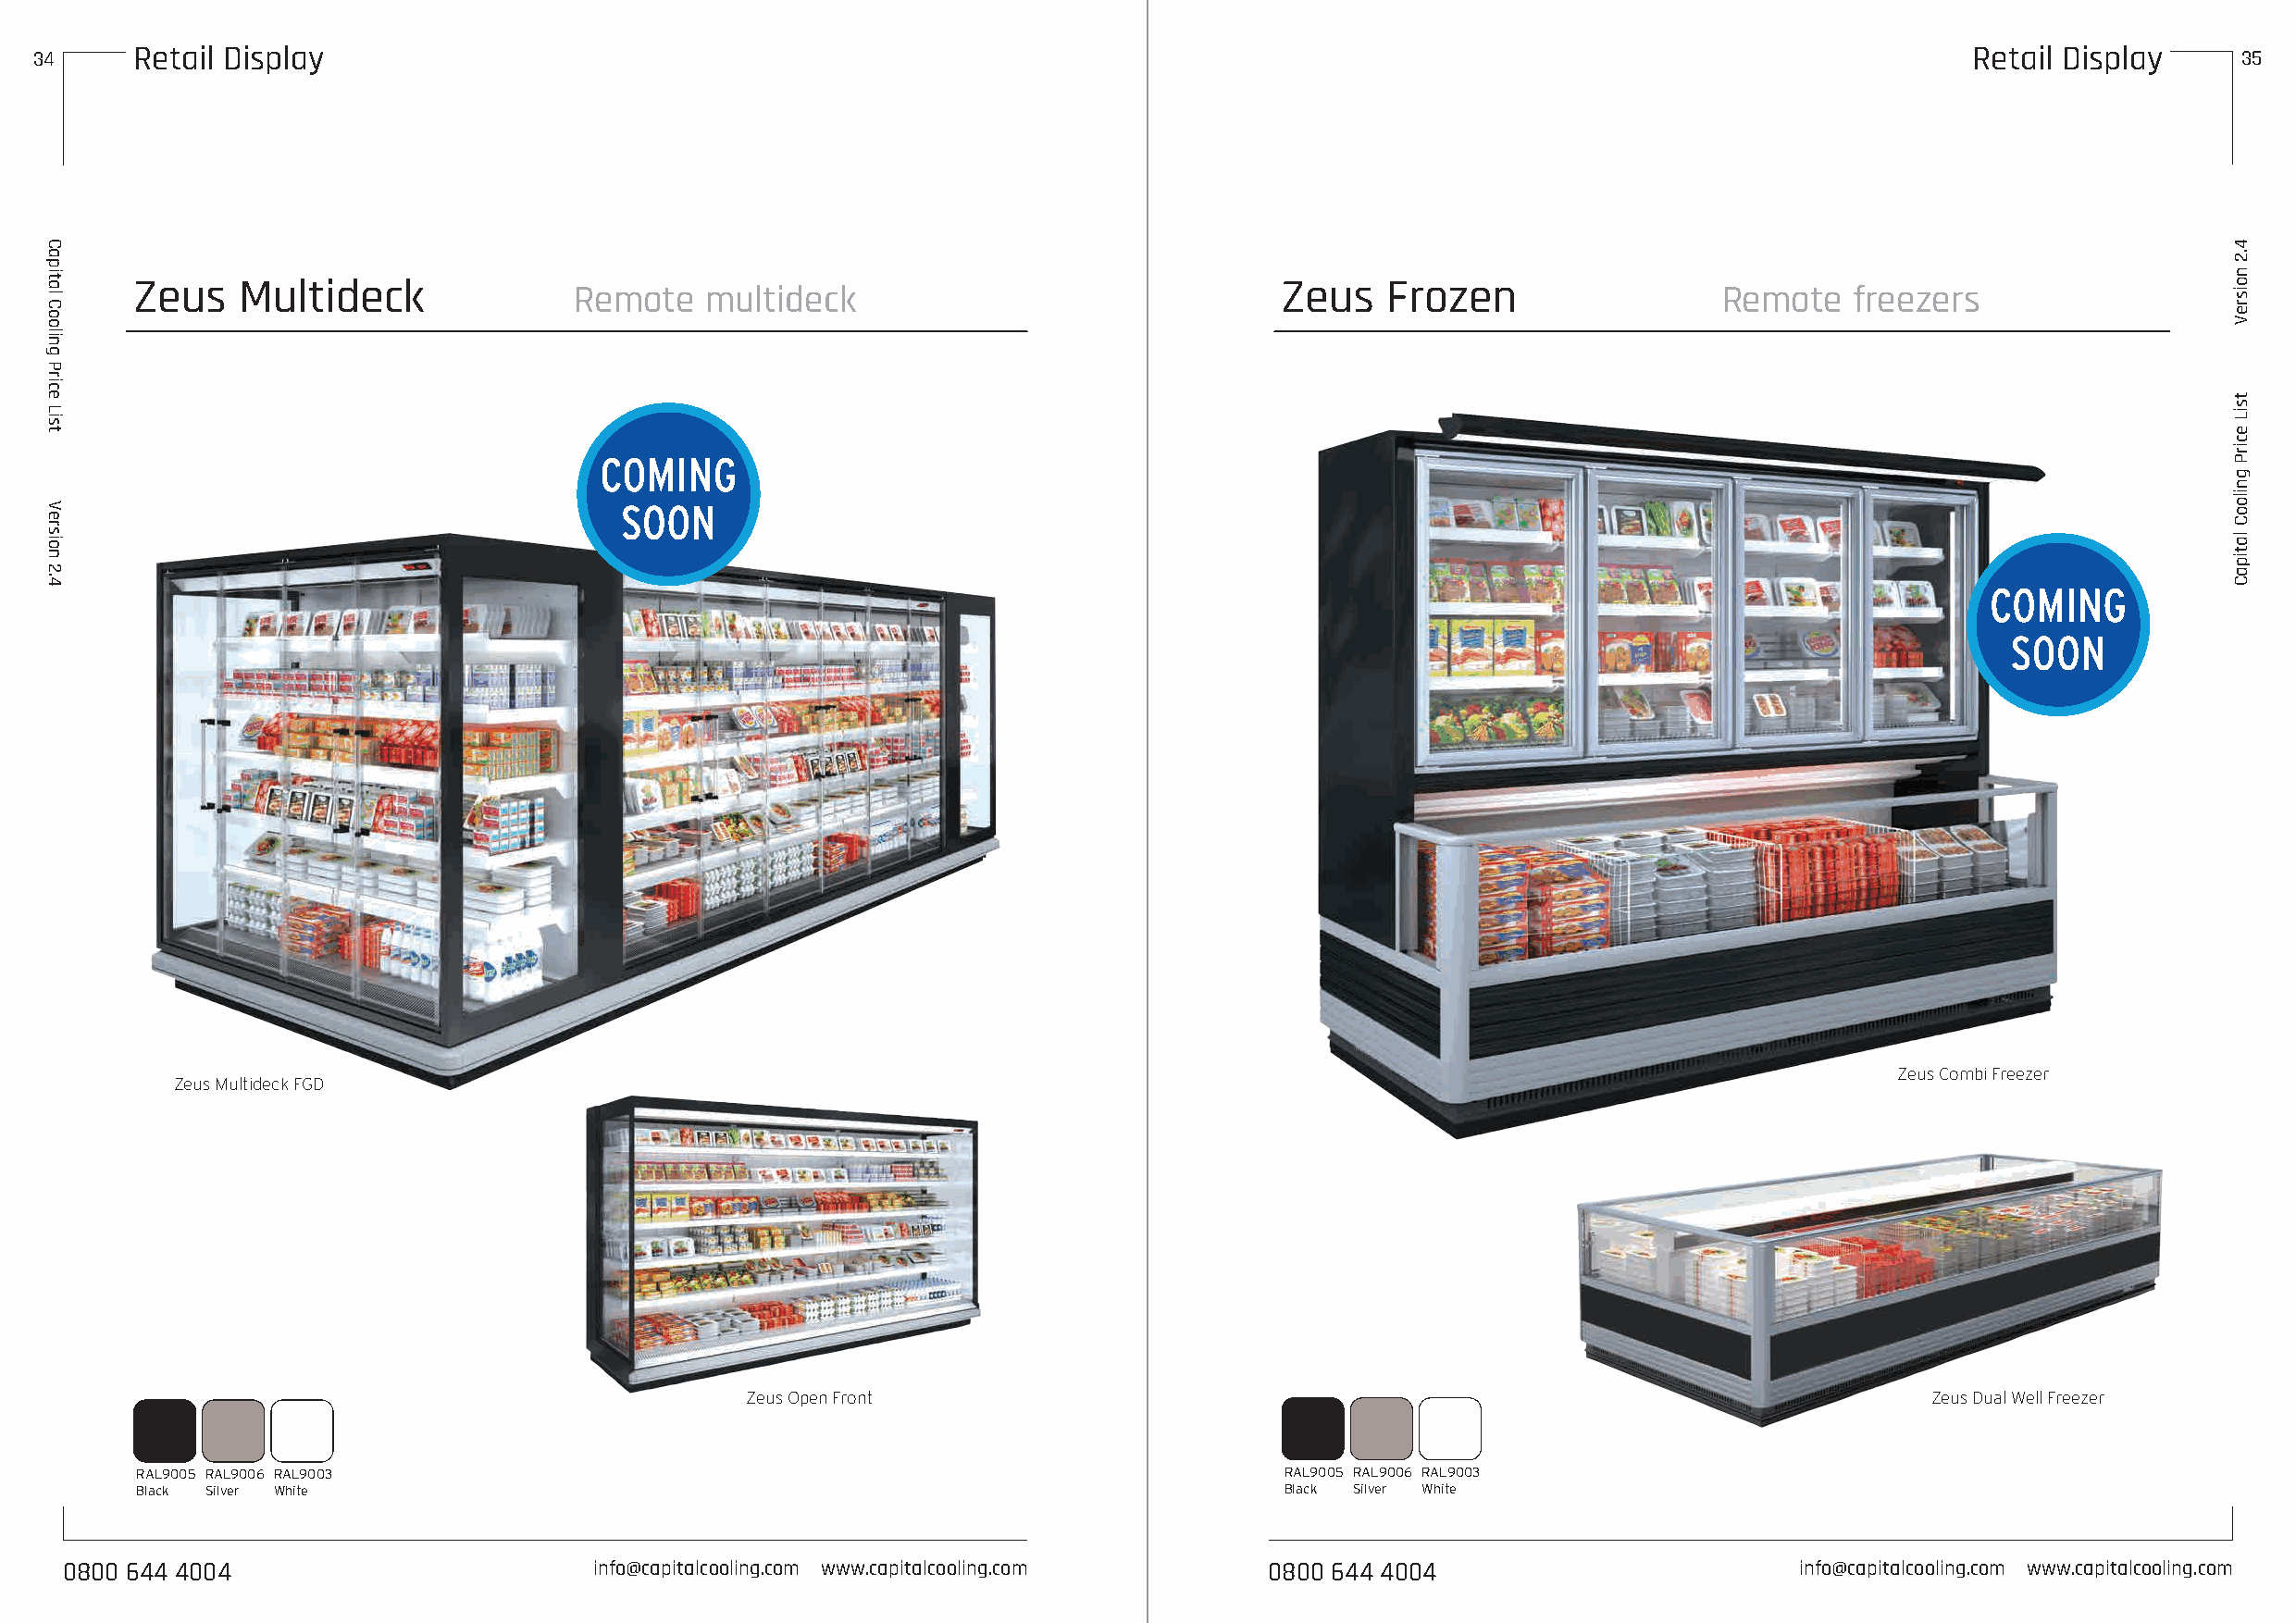
34      Retail Display                                                                                                                     Retail Display     35
 Zeus   Multideck                                                                  Zeus   Frozen
 Remote   multideck                                                                Remote    freezers
 Zeus Combi Freezer
 Zeus Multideck FGD
 Zeus Open Front                                                                      Zeus Dual Well Freezer
 RAL9005 RAL9006 RAL9003                                                           RAL9005 RAL9006 RAL9003
 Black Silver White                                                                Black Silver White
 0800 644 4004                         info@capitalcooling.com www.capitalcooling.com   0800 644 4004                         info@capitalcooling.com www.capitalcooling.com
 Capital
 Cooling
 Price
 List
 Version
 2.4
 4.2
 noisreV
 tsiL
 ecirP
 gnilooC
 latipaC